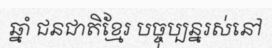
ឆ្នាំ ជនជាតិខ្មែរ បច្ចុប្បន្នរស់នៅ